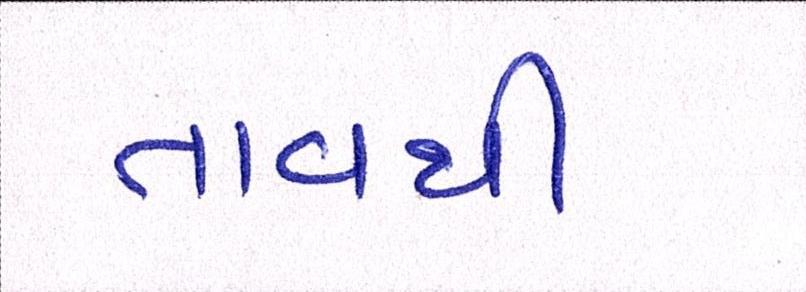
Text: તાવથી